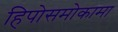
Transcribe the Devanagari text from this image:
हिपोसमोकामा